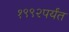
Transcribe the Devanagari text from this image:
१९९२पर्यंत